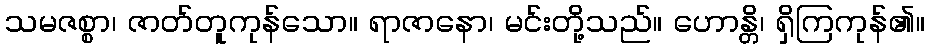
သမဇစ္စာ၊ ဇာတ်တူကုန်သော။ ရာဇာနော၊ မင်းတို့သည်။ ဟောန္တိ၊ ရှိကြကုန်၏။